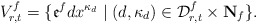
\begin{align*} V_{r,t}^f=\{ \mathfrak e^f d x^{\kappa_d}\mid (d, \kappa_d) \in \mathcal {D}_{r,t}^f\times \mathbf N_f \}.\end{align*}